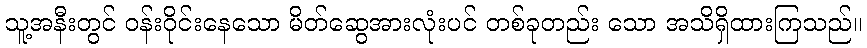
သူ့အနီးတွင် ဝန်းဝိုင်းနေသော မိတ်ဆွေအားလုံးပင် တစ်ခုတည်း သော အသိရှိထားကြသည်။